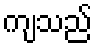
ကျသည်